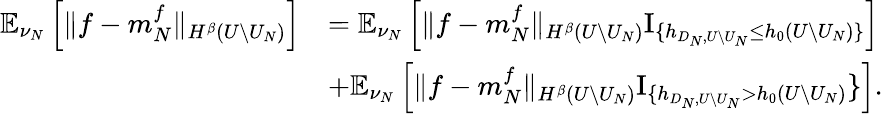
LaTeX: \begin{array}{rl}{\mathbb{E}_{\nu_{N}}\left[\| f-m_{N}^{f}\| _{H^{\beta}(U\setminus U_{N})}\right]}&{=\mathbb{E}_{\nu_{N}}\left[\| f-m_{N}^{f}\| _{H^{\beta}(U\setminus U_{N})}\mathrm{I}_{\{ h_{D_{N},U\setminus U_{N}}\leq h_{0}(U\setminus U_{N})\} }\right]}\\ &{+\mathbb{E}_{\nu_{N}}\left[\| f-m_{N}^{f}\| _{H^{\beta}(U\setminus U_{N})}\mathrm{I}_{\{ h_{D_{N},U\setminus U_{N}}>h_{0}(U\setminus U_{N})}\} \right].}\end{array}